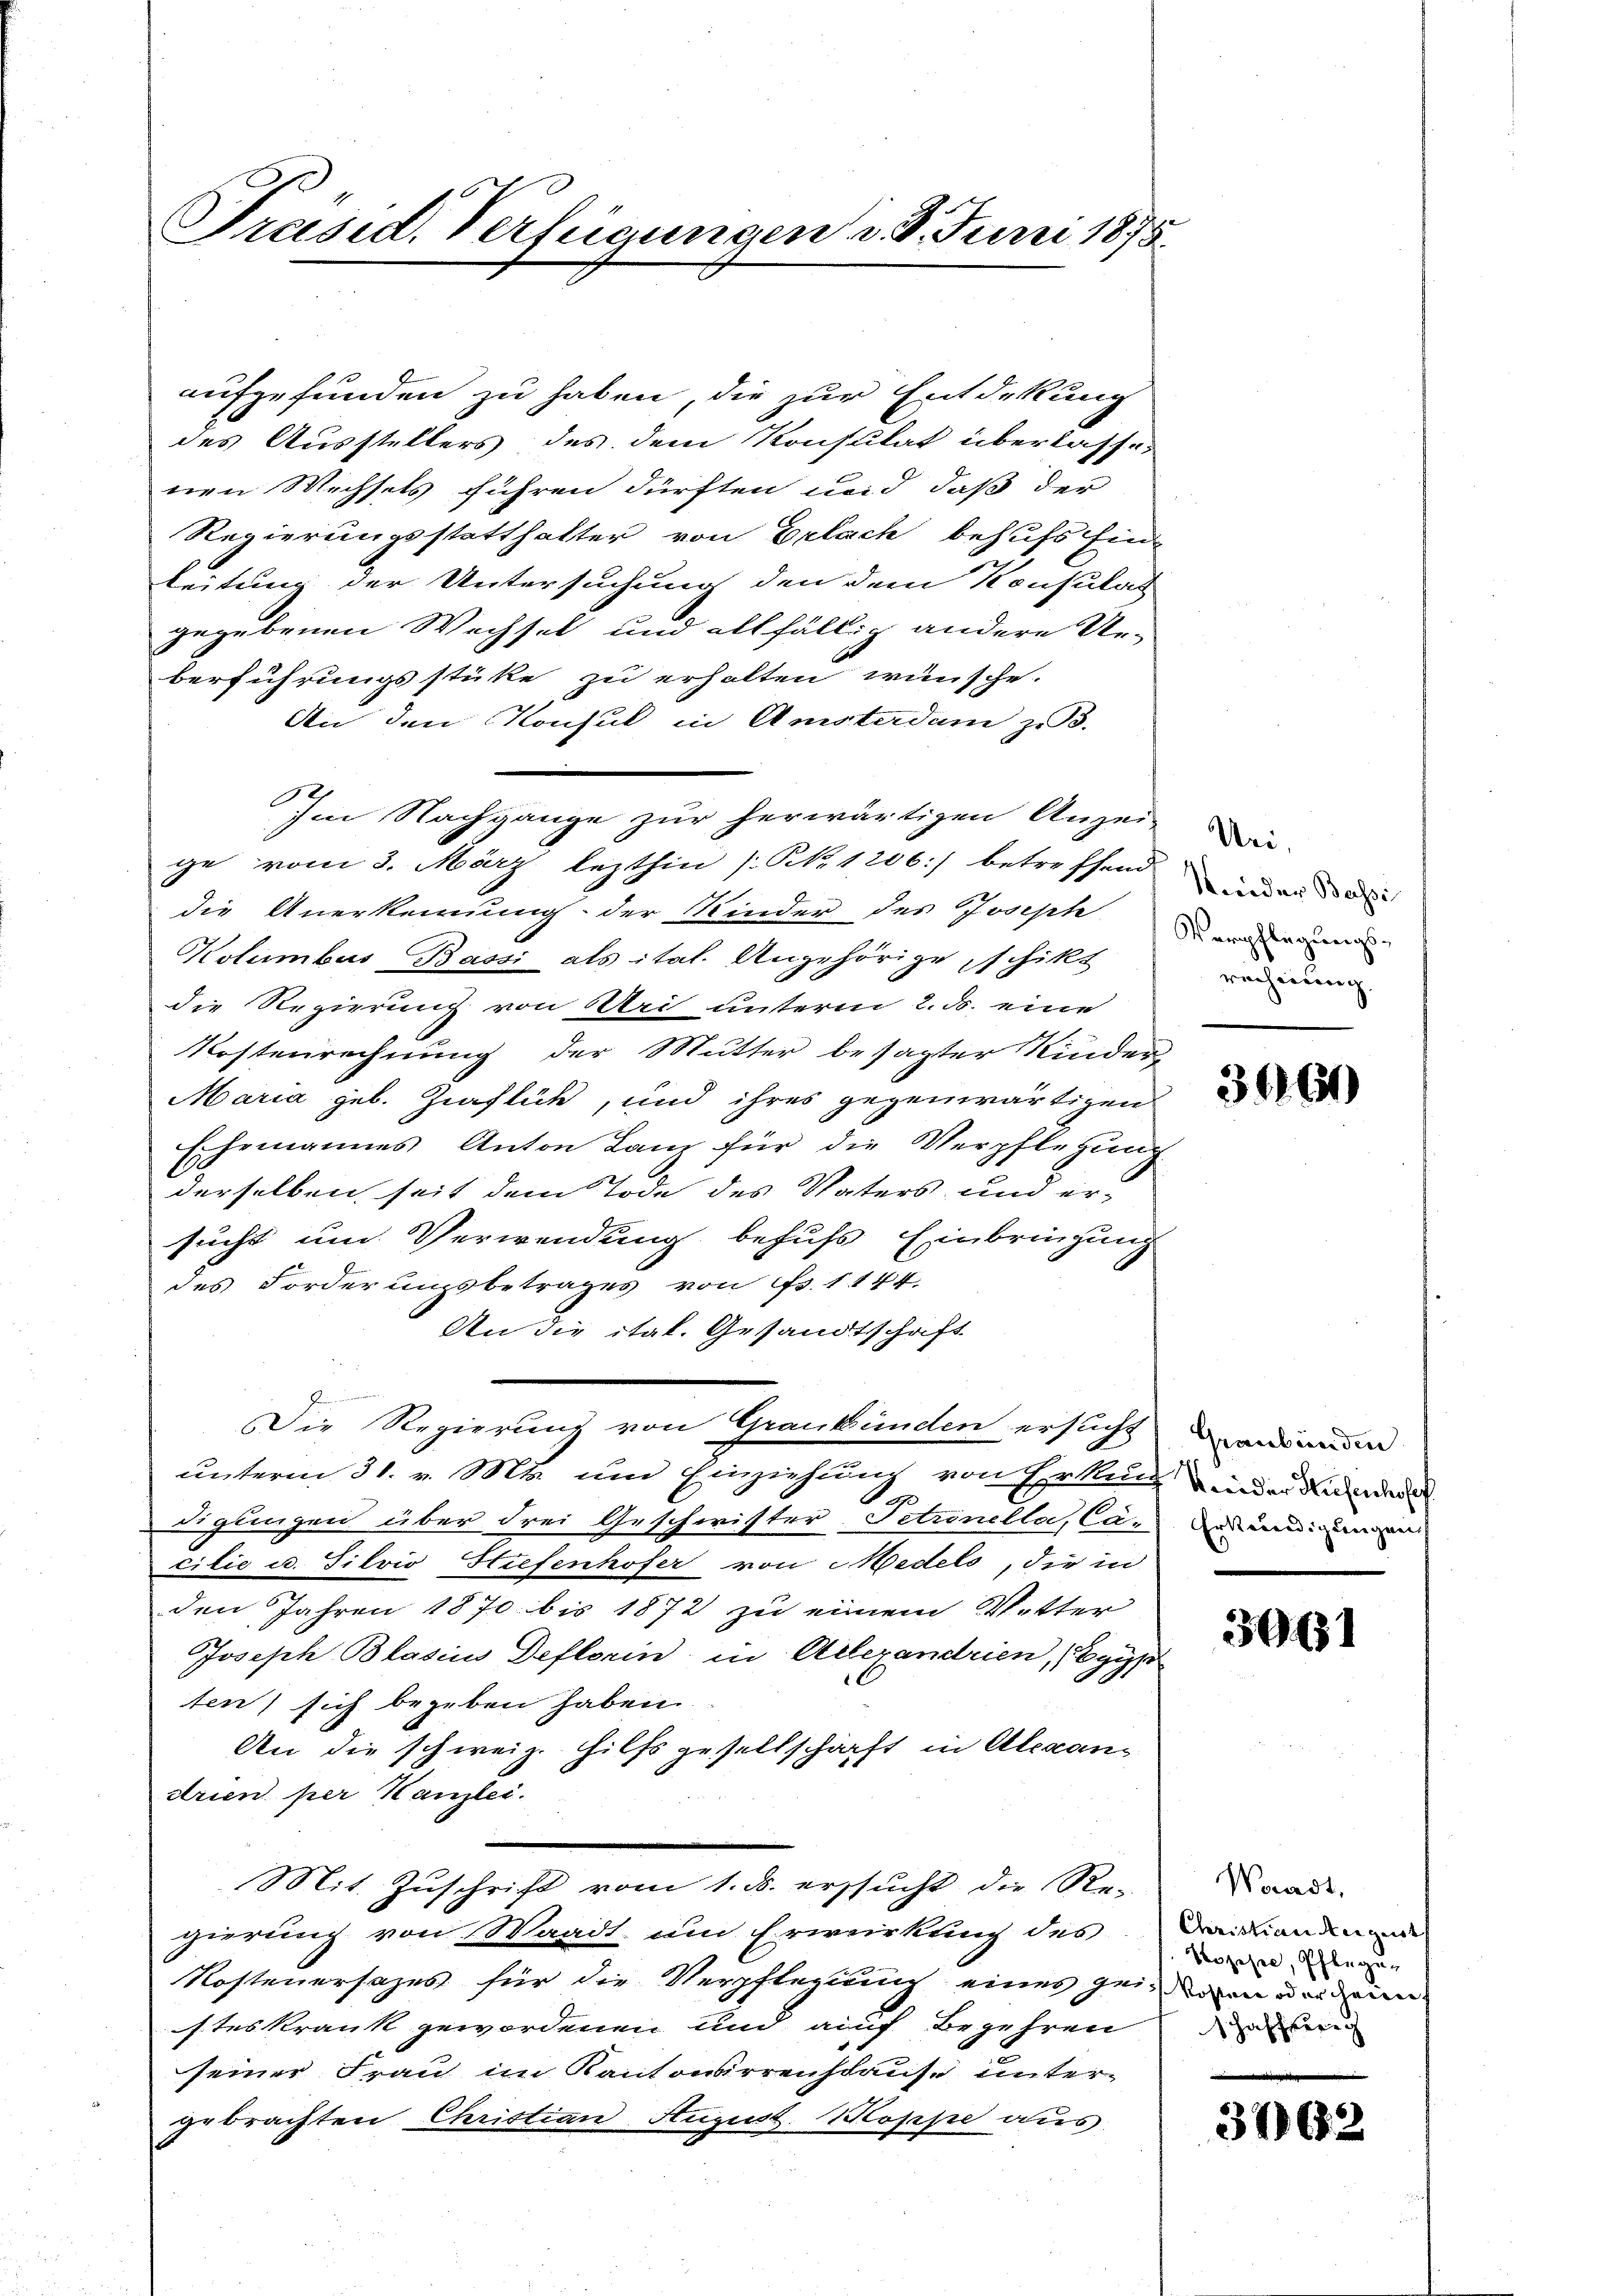
Präsid. Verfügungen d. 8. Juni 1875.

aufgefunden zu haben, die zur Entdekung
des Ausstellers des dem Konsulat überlassenen Wechsels führen dürften und daß der
Regierungsstatthalter von Erlach behufs Ein-
leitung der Untersuchung den dem Konsulat
gegebenen Wechsel und allfällig andere Un-
berführungsstüke zu erhalten wünsche.
An den Konsul in Amsterdam zu 3.
Im Nachgange zur herwärtigen Anzei-
ge vom 3. März lezthin (N. 1206:) betreffend
die Anerkennung der Kinder des Joseph
Kolimbus Bassi als ital. Angehörige schikt
die Regierung von Uri unterm 2. ds. eine
Kostenrechnung der Mutter besagter Kinder
Maria geb. Zipflich, und ihres gegenwärtigen
Ehemannes Anton Lanz für die Verpflegung
derselben seit dem Tode des Vaters und er-
sucht um Verwendung behufs Einbringung
des Forderungsbetrages von Fr. 1144.
An die ital. Gesandtschaft
Die Regierung von Graubünden ersucht
unterm 31. v. M. und Einziehung von Erkung in der Kreise
A
digungen über drei Geschwister Petrineller, Cacilie u. Silvio Stiefenhofer von Medels, die in
den Jahren 1870 bis 1872 zu einem Vetter
Joseph Blasius Deflorin in Alexandrien, Egyp
ten) sich begeben haben.
An die schweiz. Hilfsgesellschaft in Alexan¬
Arien per Kanzlei.
Mit Zuschrift vom 1. ds. ersucht die Re-
gierung von Waadt, um Erwirkung des Draikandinande
Rostenersezes für die Verpflegung eines Heiden und
steskrank gewordenen und auf Begehren
seiner Frau im Kantonsrrenhause untergebrachten Christian August. Bloppe aus

Uri,
Kneider Bassi
Verpflegungsrechnung.

3460

Graubünden
Erkundigungen
6

30151

Waadt,
Hozehen, Pflegun
hafferi

3762